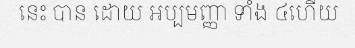
នេះ បាន ដោយ អប្បមញ្ញា ទាំង ៤ហើយ